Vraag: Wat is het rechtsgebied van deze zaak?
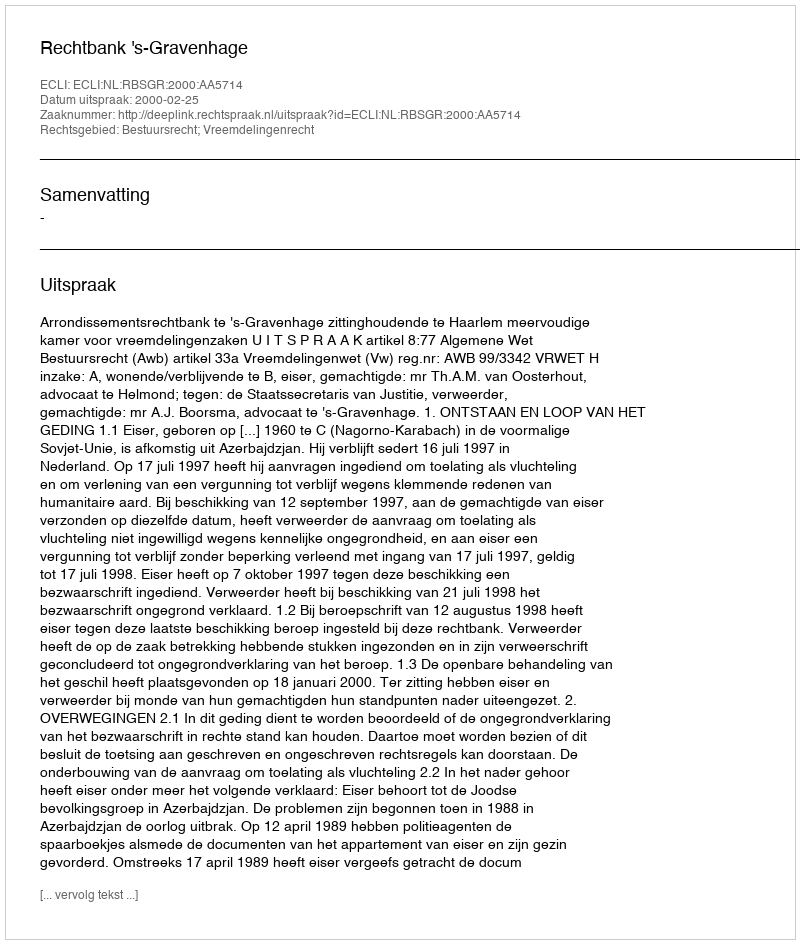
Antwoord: Bestuursrecht; Vreemdelingenrecht